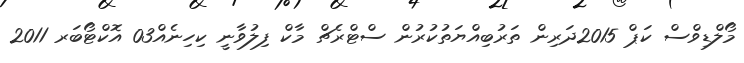
މޯލްޑިވްސް ކަޕް 2015ދަރިން ތަރުބިއްޔަތުކުރުން ސްޓްރެޗް މާކް ފިލުވާނީ ކިހިނެއް03 އޮކްޓޯބަރ 2011